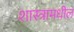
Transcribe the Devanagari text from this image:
शास्त्रामधील